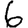
Digit: 6